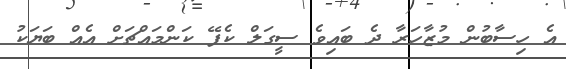
އެ ހިސާބުން މުޒާހަރާ ދެ ބައިވެ ސީގަލް ކެފޭ ކަންމައްޗަށް އެއް ބަޔަކު